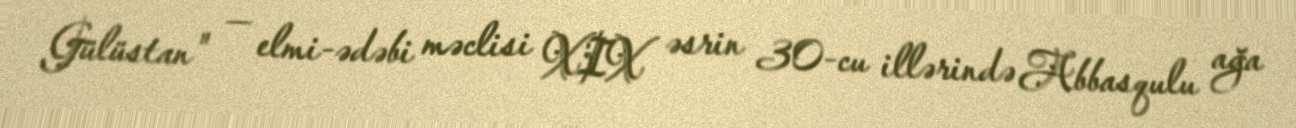
Gülüstan" — elmi-ədəbi məclisi XIX əsrin 30-cu illərində Abbasqulu ağa